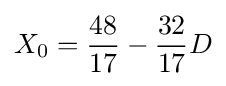
X_{0}={48 \over 17}-{32 \over 17}D